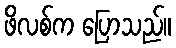
ဖိလစ်က ပြောသည်။